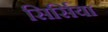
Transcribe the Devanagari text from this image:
सिर्सिया